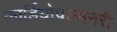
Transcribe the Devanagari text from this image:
कार्डियोपल्मनरी